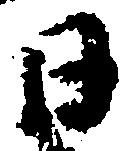
日